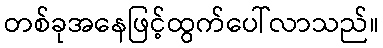
တစ်ခုအနေဖြင့်ထွက်ပေါ်လာသည်။